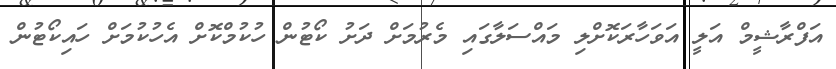
އަފްރާޝީމް އަލީ އަވަހާރަކޮށްލި މައްސަލާގައި މެރުމަށް ދަށު ކޯޓުން ހުކުމްކޮށް އެހުކުމަށް ހައިކޯޓުން